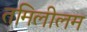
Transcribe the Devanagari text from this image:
तमिलीलम